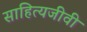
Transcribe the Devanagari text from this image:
साहित्यजीवी